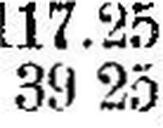
39 25